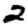
Digit: 2